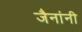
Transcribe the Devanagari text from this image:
जैनांनी